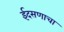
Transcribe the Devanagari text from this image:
ईदसणाचा